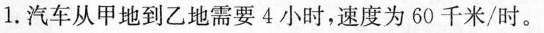
1.汽车从甲地到乙地需要4小时，速度为60千米/时。